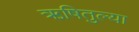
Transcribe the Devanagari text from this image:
ऋषितुल्या